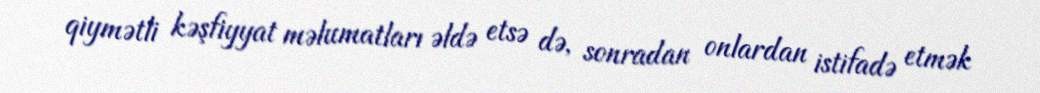
qiymətli kəşfiyyat məlumatları əldə etsə də, sonradan onlardan istifadə etmək